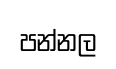
පන්නල